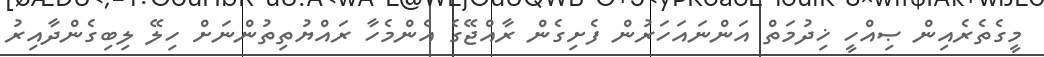
މީގެތެރެއިން ޞިއްހީ ޚިދުމަތް އަންނައަހަރުން ފެށިގެން ރާއްޖޭގެ އެންމެހާ ރައްޔުތިތުންނަށް ހިލޭ ލިބިގެންދާއިރު